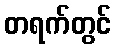
တရက်တွင်